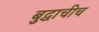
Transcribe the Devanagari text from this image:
बुद्धाचीच